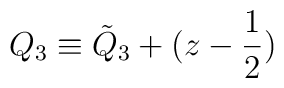
Q_3 \equiv {\tilde Q}_3 + (z - {1\over2} )